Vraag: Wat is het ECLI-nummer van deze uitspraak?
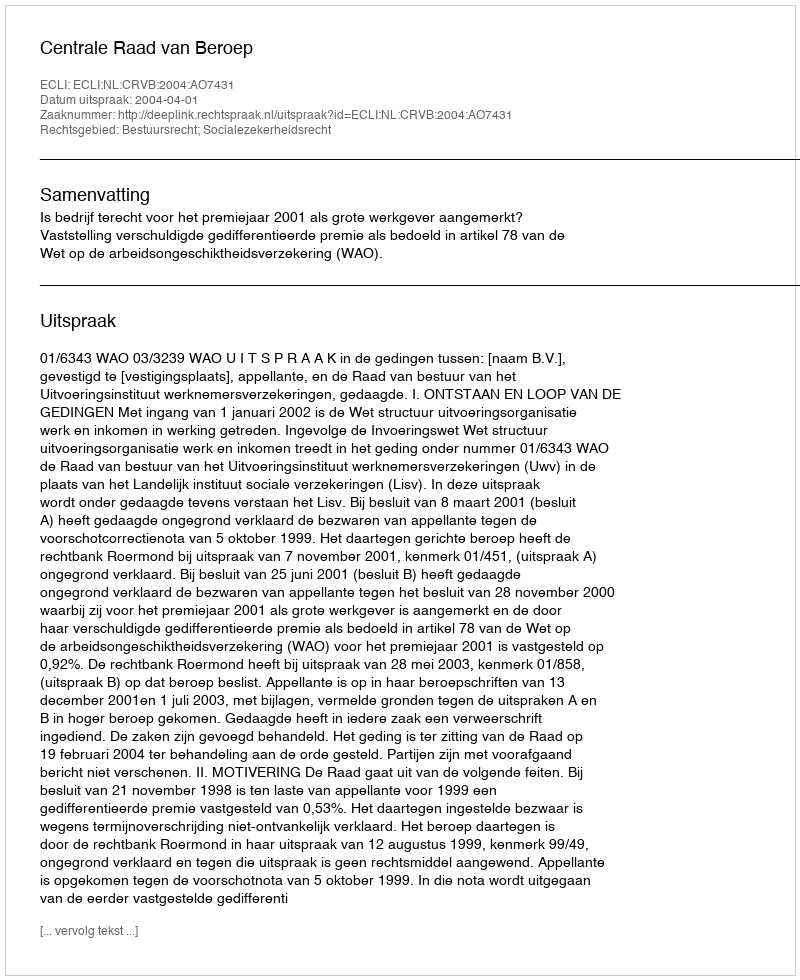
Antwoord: ECLI:NL:CRVB:2004:AO7431